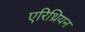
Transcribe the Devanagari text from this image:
एरिथ्रियन